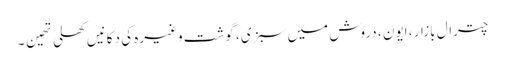
چترال بازار ، ایون ، دروش میں سبزی ، گوشت وغیرہ کی دکانیں کھلی تھین ۔